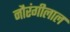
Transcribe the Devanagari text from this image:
नौरंगीलाल